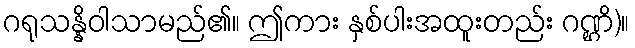
ဂရုသန္နိဝါသာမည်၏။ ဤကား နှစ်ပါးအထူးတည်း ဂဏ္ဌိ)။